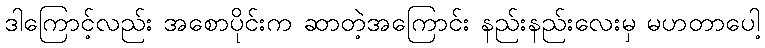
ဒါကြောင့်လည်း အစောပိုင်းက ဆာတဲ့အကြောင်း နည်းနည်းလေးမှ မဟတာပေါ့